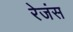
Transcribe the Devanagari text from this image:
रेजंस